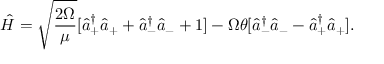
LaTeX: \hat { H } = \sqrt { \frac { 2 \Omega } { \mu } } [ \hat { a } _ { + } ^ { \dag } \hat { a } _ { + } + \hat { a } _ { - } ^ { \dag } \hat { a } _ { - } + 1 ] - \Omega \theta [ \hat { a } _ { - } ^ { \dag } \hat { a } _ { - } - \hat { a } _ { + } ^ { \dag } \hat { a } _ { + } ] .